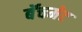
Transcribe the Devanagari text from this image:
बॅचमेट